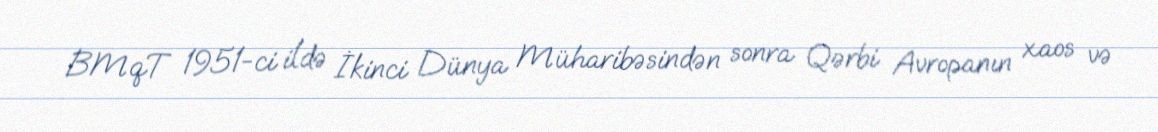
BMqT 1951-ci ildə İkinci Dünya Müharibəsindən sonra Qərbi Avropanın xaos və